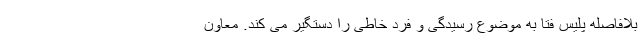
بلافاصله پلیس فتا به موضوع رسیدگی و فرد خاطی را دستگیر می کند. معاون